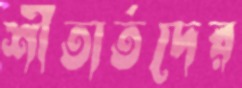
শীতার্তদের